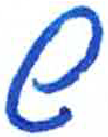
אות: ש